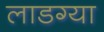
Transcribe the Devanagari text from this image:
लाडग्या